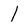
Character: l